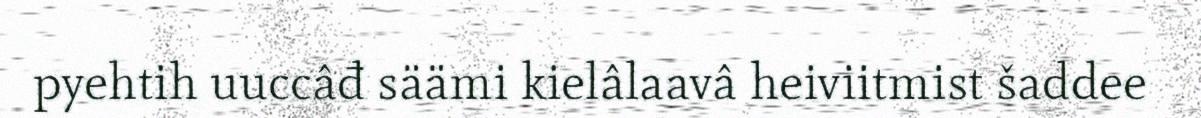
pyehtih uuccâđ säämi kielâlaavâ heiviitmist šaddee